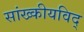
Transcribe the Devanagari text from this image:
सांख्कीयविद्